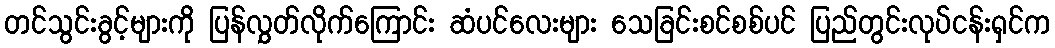
တင်သွင်းခွင့်များကို ပြန်လွှတ်လိုက်ကြောင်း ဆံပင်လေးများ သေခြင်းစင်စစ်ပင် ပြည်တွင်းလုပ်ငန်းရှင်က